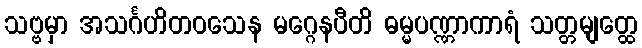
သဗ္ဗမှာ အသင်္ဂဟိတဝသေန မဂ္ဂေနပီတိ ဓမ္မပဏ္ဏာကာရံ သတ္တမျတ္ထေ